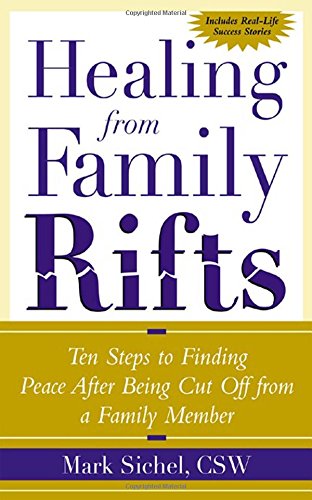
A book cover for Healing From Family Rifts : Ten Steps to Finding Peace After Being Cut Off From a Family Member; Mark Sichel; Parenting & Relationships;